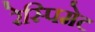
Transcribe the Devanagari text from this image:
रेस्पिमेट